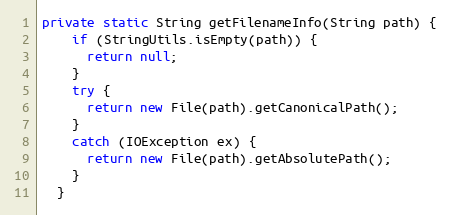
Language: Java
private static String getFilenameInfo(String path) {
    if (StringUtils.isEmpty(path)) {
      return null;
    }
    try {
      return new File(path).getCanonicalPath();
    }
    catch (IOException ex) {
      return new File(path).getAbsolutePath();
    }
  }